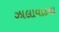
ઝાલાવાડના